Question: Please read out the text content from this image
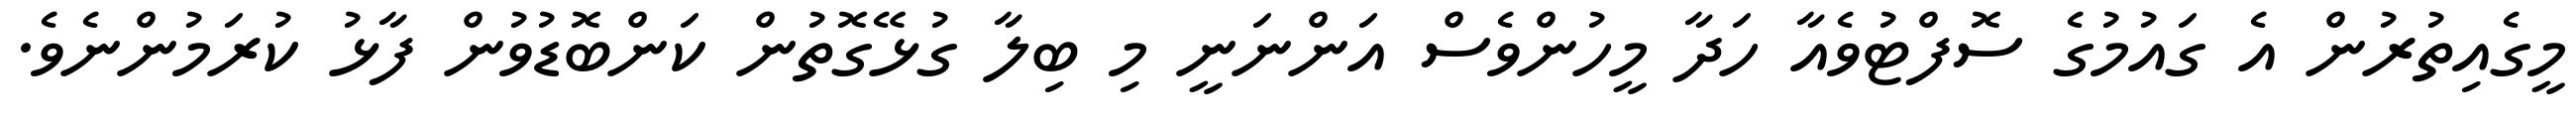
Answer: މީގެއިތުރުން އެ ގައުމުގެ ސޮފްޓުވެއާ ހަދާ މީހުންވެސް އަންނަނީ މި ބިލާ ގުޅޭގޮތުން ކަންބޮޑުވުން ފާޅު ކުރަމުންނެވެ.